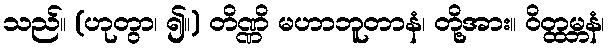
သည်။ (ဟုတွာ၊ ၍။) တိဏ္ဏိ မဟာဘူတာနံ၊ တို့အား။ ဝိတ္ထမ္ဘနံ၊